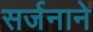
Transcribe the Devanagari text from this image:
सर्जनाने